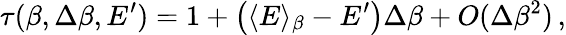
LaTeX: \tau(\beta,\Delta\beta,E^{\prime})=1+\left(\langle E\rangle_{\beta}-E^{\prime}\right)\Delta\beta+\textit{O}(\Delta\beta^{2})\, ,